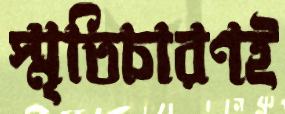
স্মৃতিচারণই